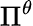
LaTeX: \Pi^{\theta}